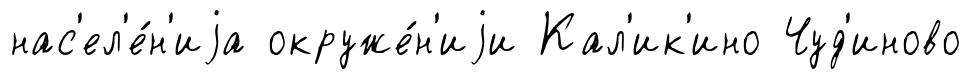
нас'ел'е́н'иjа окруже́н'иjи Кал'ик'ино Чуд'иново